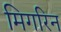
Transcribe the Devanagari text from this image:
मिगरिन